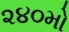
૨૪૦મો